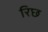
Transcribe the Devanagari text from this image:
रिछ